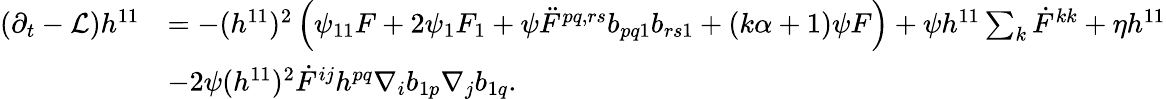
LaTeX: \begin{array}{rl}{(\partial_{t}-\mathcal{L})h^{11}}&{=-(h^{11})^{2}\left(\psi_{11}F+2\psi_{1}F_{1}+\psi\ddot{F}^{pq,rs}b_{pq1}b_{rs1}+(k\alpha+1)\psi F\right)+\psi h^{11}\sum_{k}\dot{F}^{kk}+\eta h^{11}}\\ &{-2\psi(h^{11})^{2}\dot{F}^{ij}h^{pq}\nabla_{i}b_{1p}\nabla_{j}b_{1q}.}\end{array}